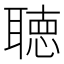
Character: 聴